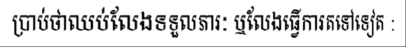
ប្រាប់ថាឈប់លែងទទួលភារៈ ឬលែងធ្វើការតទៅទៀត :